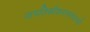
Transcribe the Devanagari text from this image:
जगतिकीकरणानंतरची